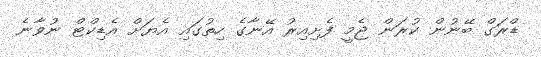
ޑްރަގް ބޭނުން ކުރަން ޖެމީ ފެށިއިރު އޭނާގެ ހިތުގައި އެޔަށް އެޑިކްޓް ނުވާނެ